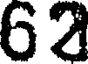
62